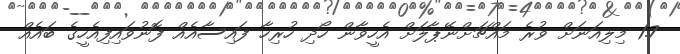
1.7 މިލިއަނަށް ވުރެ މައްޗަށްނޭޕާލަށް އެހީވާން ހޯދި ހުރިހާ ފައިސާއެއް ފޮނުވައިފިއެހީގެ ބައެއް